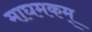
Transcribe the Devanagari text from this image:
माघमकम्